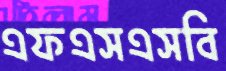
এফএসএসবি